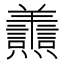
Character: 𦏬